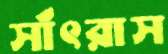
সাঁৎরাস